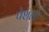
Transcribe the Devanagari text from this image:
पेशलो